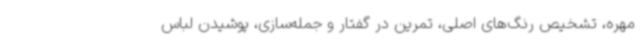
مهره، تشخیص رنگ‌های اصلی، تمرین در گفتار و جمله‌سازی، پوشیدن لباس